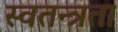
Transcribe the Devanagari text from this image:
स्‍वतन्त्रता